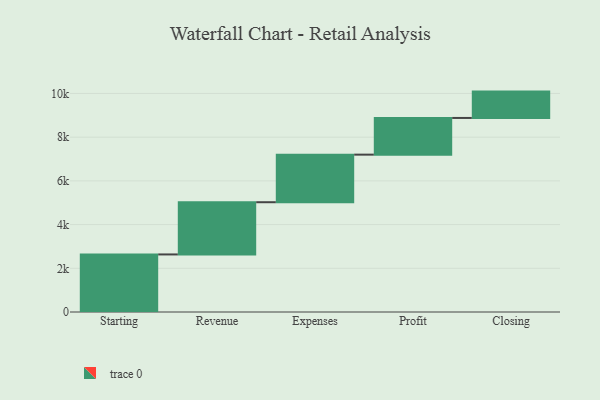
{"axis": {"x": "Step", "y": "Value"}, "legend": [""], "data": [{"x": "Starting", "y": 2634.0, "type": ""}, {"x": "Revenue", "y": 2390.0, "type": ""}, {"x": "Expenses", "y": 2177.0, "type": ""}, {"x": "Profit", "y": 1679.0, "type": ""}, {"x": "Closing", "y": 1206.0, "type": ""}]}